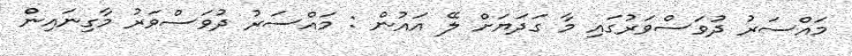
މައްސަރު ދުވަސްވަރުގައި މާ ގަދަޔަށް ލޭ އައުން : މައްސަރު ދުވަސްވަރު މާގިނައިން